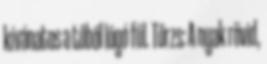
kívánatos a tőből lógó fül. Törzs: A nyak rövid,